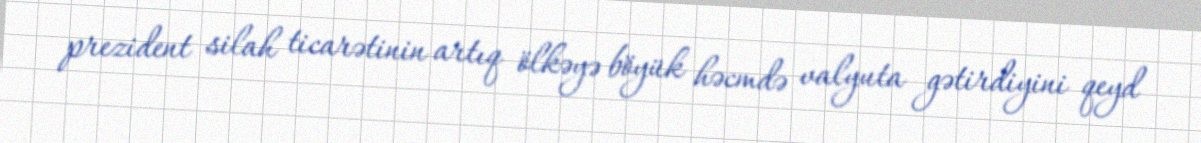
prezident silah ticarətinin artıq ölkəyə böyük həcmdə valyuta gətirdiyini qeyd